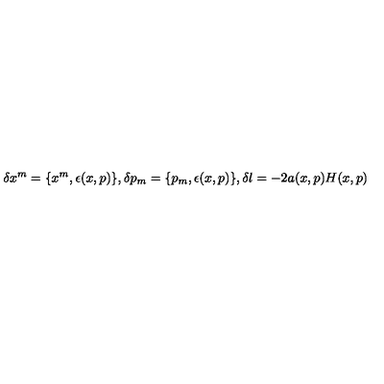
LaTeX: \delta { x ^ { m } } = \{ x ^ { m } , \epsilon ( x , p ) \} , \delta { p _ { m } } = \{ p _ { m } , \epsilon ( x , p ) \} , \delta \l = - 2 a ( x , p ) H ( x , p )